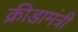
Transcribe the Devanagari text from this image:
क्रीडामंत्री